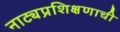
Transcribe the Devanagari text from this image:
नाट्यप्रशिक्षणाची